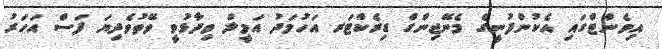
އިވެންޓްގައި އެކުންފުނީގެ މެނޭޖިންގް ޑިރެކްޓަރ އަހުމަދު އަމީލް ވިދާޅުވީ ވޭތުވެދިޔަ ފަސް އަހަރު